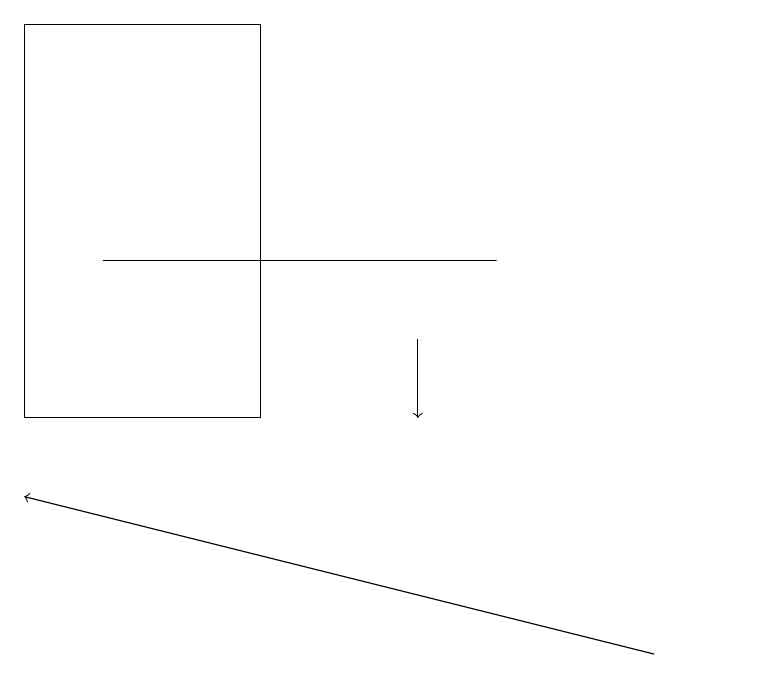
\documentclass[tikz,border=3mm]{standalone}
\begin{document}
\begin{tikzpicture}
\draw (2,15) rectangle (7,15);
\draw[->] (9,10) -- (1,12);
\draw[->] (6,14) -- (6,13);
\draw (4,13) rectangle (1,18);
\draw (10,10) circle (0);
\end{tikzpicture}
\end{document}